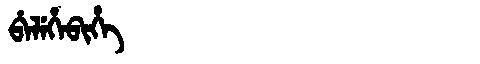
Manchu: ᠪᡝᠯᡝᡥᡝᠪᡳᡥᡝ
Romanization: BELEHEBIHE